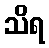
သိရ